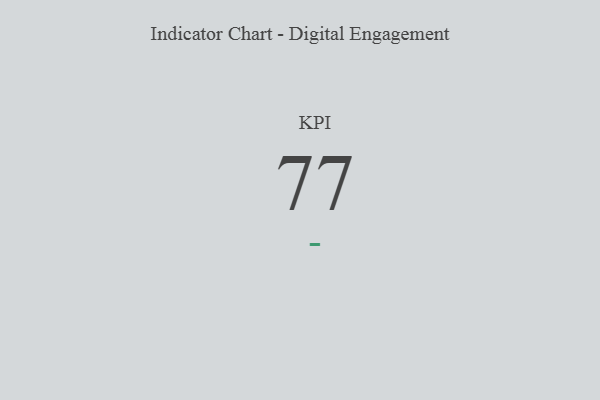
{"axis": {"x": "KPI", "y": "Value"}, "legend": [""], "data": [{"x": "KPI", "y": 77, "type": ""}]}